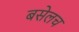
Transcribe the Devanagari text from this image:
बसेलच